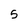
Character: 5